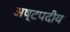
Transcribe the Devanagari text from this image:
अष्टपदीय